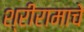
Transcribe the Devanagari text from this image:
श्रीरामाचे